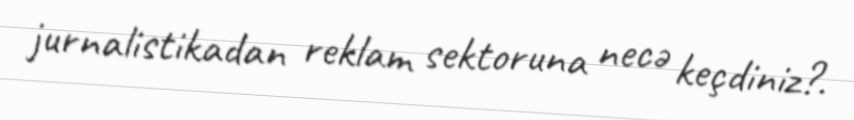
jurnalistikadan reklam sektoruna necə keçdiniz?.